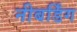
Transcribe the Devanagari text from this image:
नीबर्डिंग